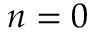
n = 0